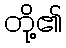
တို့၏